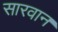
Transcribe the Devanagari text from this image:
सारवान